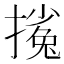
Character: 𱠴